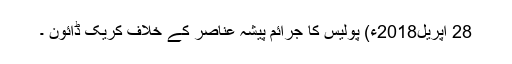
28 اپریل2018ء) پولیس کا جرائم پیشہ عناصر کے خلاف کریک ڈائون ۔